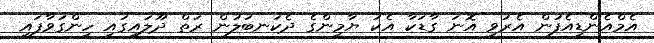
އެމްއެންޑީއެފުން އެރުވި އޮނަ ގާޑަކާ އެކު ޔާމީންގެ ދެކަނބަލުން ރަތް ދޫލައިގައި ހިންގަވާފައި